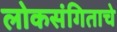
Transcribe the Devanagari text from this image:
लोकसंगिताचे